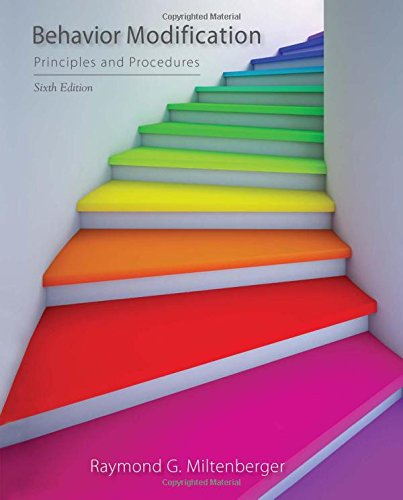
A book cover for Behavior Modification: Principles and Procedures; Raymond G. Miltenberger; Science & Math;